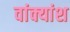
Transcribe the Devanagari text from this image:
वांक्यांश